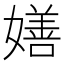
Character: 嫸